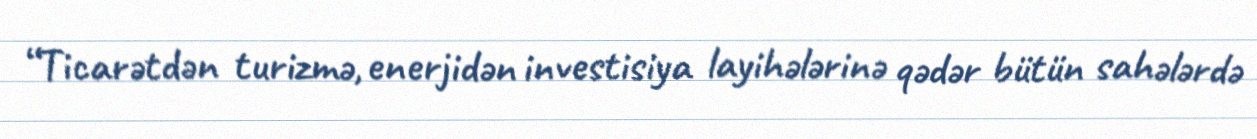
“Ticarətdən turizmə, enerjidən investisiya layihələrinə qədər bütün sahələrdə